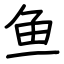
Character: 鱼